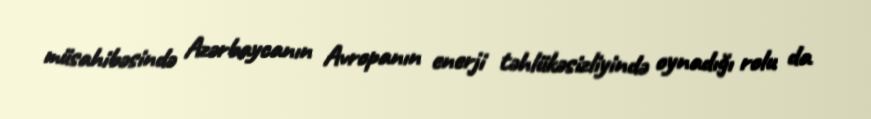
müsahibəsində Azərbaycanın Avropanın enerji təhlükəsizliyində oynadığı rolu da